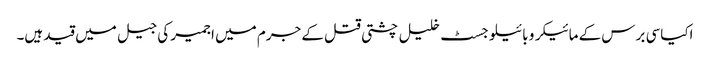
اکیاسی برس کے مائیکرو بائیلوجسٹ خلیل چشتی قتل کے جرم میں اجمیر کی جیل میں قید ہیں۔